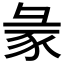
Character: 𧰲